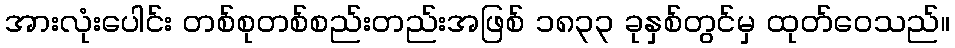
အားလုံးပေါင်း တစ်စုတစ်စည်းတည်းအဖြစ် ၁၈၃၃ ခုနှစ်တွင်မှ ထုတ်ဝေသည်။